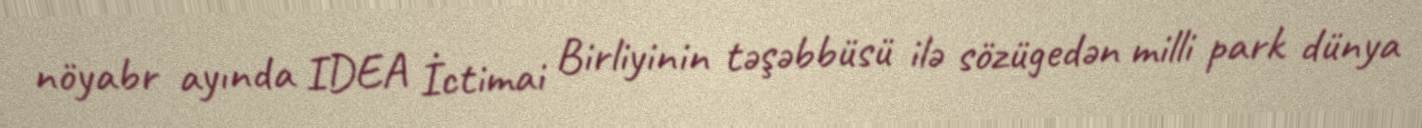
nöyabr ayında IDEA İctimai Birliyinin təşəbbüsü ilə sözügedən milli park dünya